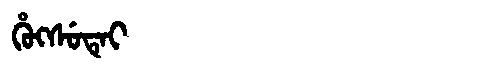
Manchu: ᡥᡠᡴᠰᡠᡨᡝᡳ
Romanization: HUKSUTEI